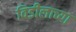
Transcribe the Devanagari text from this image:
विडीलाच्या